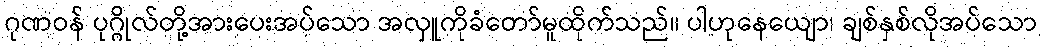
ဂုဏဝန် ပုဂ္ဂိုလ်တို့အားပေးအပ်သော အလှူကိုခံတော်မူထိုက်သည်။ ပါဟုနေယျော၊ ချစ်နှစ်လိုအပ်သော